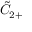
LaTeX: { \tilde { C } } _ { 2 + }